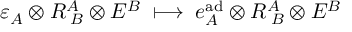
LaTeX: \varepsilon _ { A } \otimes R _ { \; B } ^ { A } \otimes E ^ { B } \; \longmapsto \; e _ { A } ^ { \mathrm { a d } } \otimes R _ { \; B } ^ { A } \otimes E ^ { B }